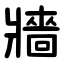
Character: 牆